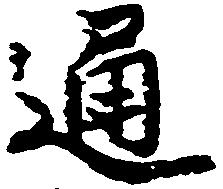
通